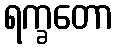
ရက္ခတော